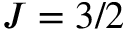
J = 3 / 2